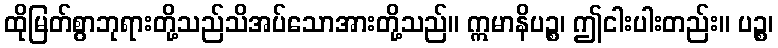
ထိုမြတ်စွာဘုရားတို့သည်သိအပ်သောအားတို့သည်။ ဣမာနိပဉ္စ၊ ဤငါးပါးတည်း။ ပဉ္စ၊